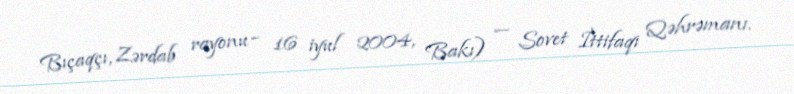
Bıçaqçı, Zərdab rayonu – 16 iyul 2004, Bakı) — Sovet İttifaqı Qəhrəmanı.